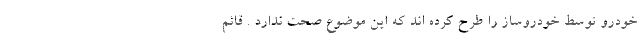
خودرو توسط خودروساز را طرح کرده اند که این موضوع صحت ندارد . قائم